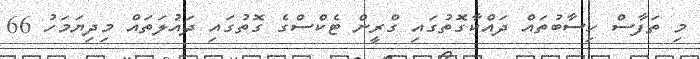
މި ތަފާސް ހިސާބުތައް ދައްކާގޮތުގައި ގްރީން ޓެކްސްގެ ގޮތުގައި ދައުލަތައް މިދިޔަމަހު 66